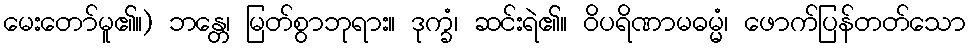
မေးတော်မူ၏။) ဘန္တေ၊ မြတ်စွာဘုရား။ ဒုက္ခံ၊ ဆင်းရဲ၏။ ဝိပရိဏာမဓမ္မံ၊ ဖောက်ပြန်တတ်သော